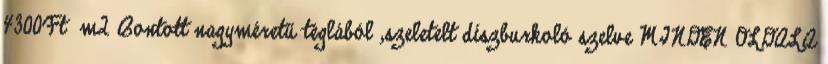
4300Ft m2 Bontott nagyméretű téglából ,szeletelt díszburkoló szelve MINDEN OLDALA